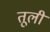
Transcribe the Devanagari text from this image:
तूली